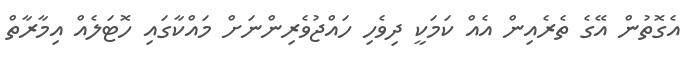
އެގޮތުން އޭގެ ތެރެއިން އެއް ކަމަކީ ދިވެހި ހައްޖުވެރިންނަށް މައްކާގައި ހޮޓަލެއް އިމާރާތް